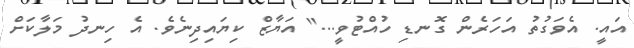
އައީ. އެވަގުތު އަހަރެން ގޮނޑި ހުއްޓުވީ..." އަޔާޒް ކިޔައިދިނެވެ. އެ ހިނދު މަލާކަށް